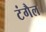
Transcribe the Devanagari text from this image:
टंगैल